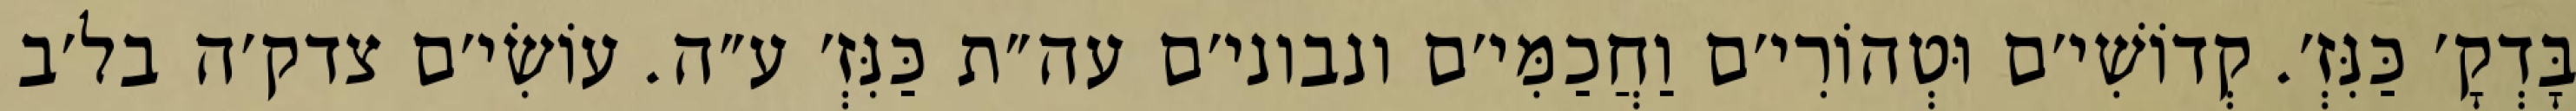
בָּדְקָ׳ כַּנִּזְ׳. קְדוֹשִׁי׳ם וּטְהוֹרִי׳ם וַחֲכַמִּי׳ם ונבוני׳ם עה״ת כַּנִּזְ׳ ע״ה. עוֹשִׂי׳ם צדק׳ה בל׳ב